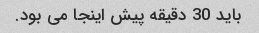
باید 30 دقیقه پیش اینجا می بود.